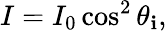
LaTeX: I=I_{0}\cos^{2}\theta_{\mathbf{i}},